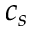
c _ { s }